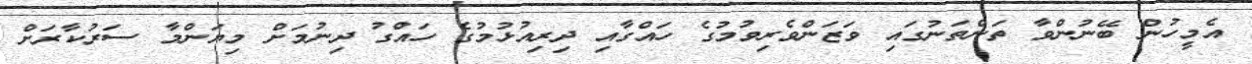
އެމީހުން ބޭނުންވާ ތަންތަނުގައި ވަޒަންވެރިވުމުގެ ހައްގާއި ދިރިއުޅުމުގެ ހައްގު ދިނުމަށް މިޔަންމާ ސަރުކާރަށް